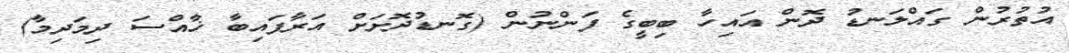
އުތުރުން ގައްލަނޑު ދޮން އައިހާ ބިބީގެ ފަންނުން (ގޮނޑުދޮށަށް އަރާފައިބާ ޚާއްސަ ދިމަދިމާ)